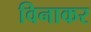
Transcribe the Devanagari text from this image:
विनाकर